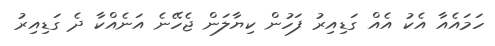
ހަމައެއާ އެކު އެއް ގަޑިއިރު ފަހުން ކިޔާލަން ޖެހޭނެ އަނެއްކާ ދެ ގަޑިއިރު